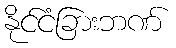
နိုင်ငံခြားဘဏ်